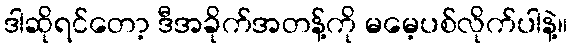
ဒါဆိုရင်တော့ ဒီအခိုက်အတန့်ကို မမေ့ပစ်လိုက်ပါနဲ့။